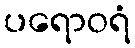
ပရောဝရံ